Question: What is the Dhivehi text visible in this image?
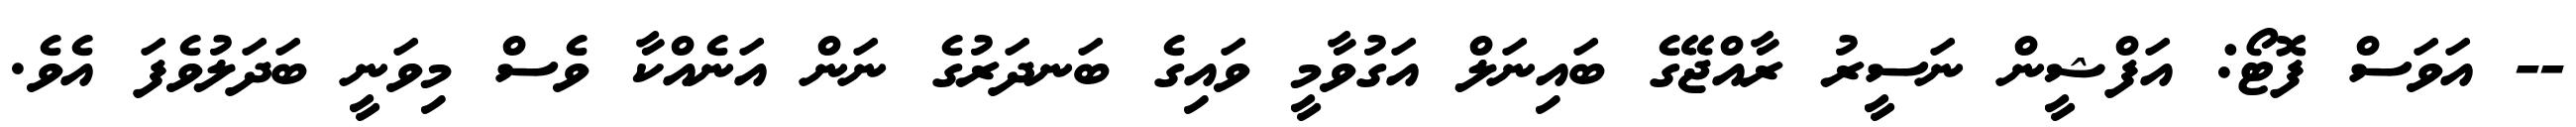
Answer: -- އަވަސް ފޮޓޯ: އަފްޝީން ނަސީރު ރާއްޖޭގެ ބައިނަލް އަގުވާމީ ވައިގެ ބަނދަރުގެ ނަން އަނެއްކާ ވެސް މިވަނީ ބަދަލުވެފަ އެވެ.